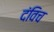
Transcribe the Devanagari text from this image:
दंविच